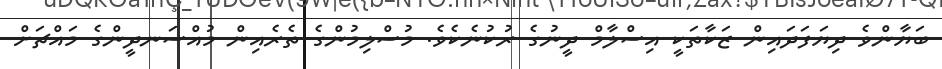
ބަޔާންވެ ދިޔަފަދައިން ޒަކާތަކީ އިސްލާމް ދީނުގެ ރުކުނެކެވެ. މުސްލިމުންގެ ތެރެއިން މުއްސަނދީންގެ މައްޗަށް